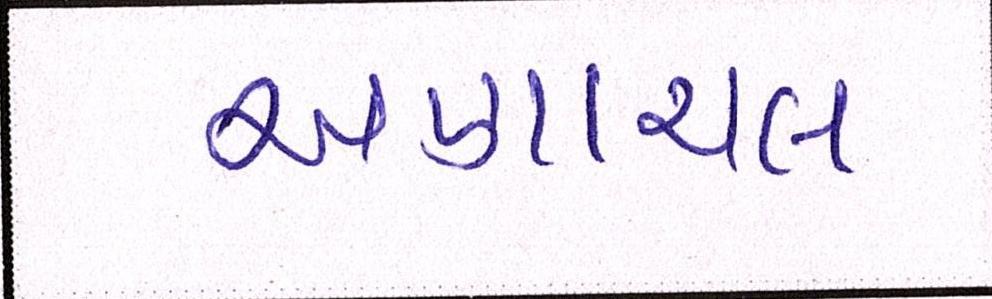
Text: અણાચલ